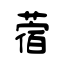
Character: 蓿